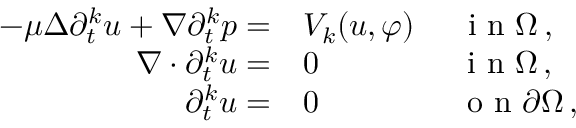
\begin{array} { r l } { - \mu \Delta \partial _ { t } ^ { k } u + \nabla \partial _ { t } ^ { k } p = } & { V _ { k } ( u , \varphi ) \quad \ \textrm { i n } \Omega \, , } \\ { \nabla \cdot \partial _ { t } ^ { k } u = } & { 0 \qquad \qquad \ \textrm { i n } \Omega \, , } \\ { \partial _ { t } ^ { k } u = } & { 0 \qquad \qquad \ \textrm { o n } \partial \Omega \, , } \end{array}